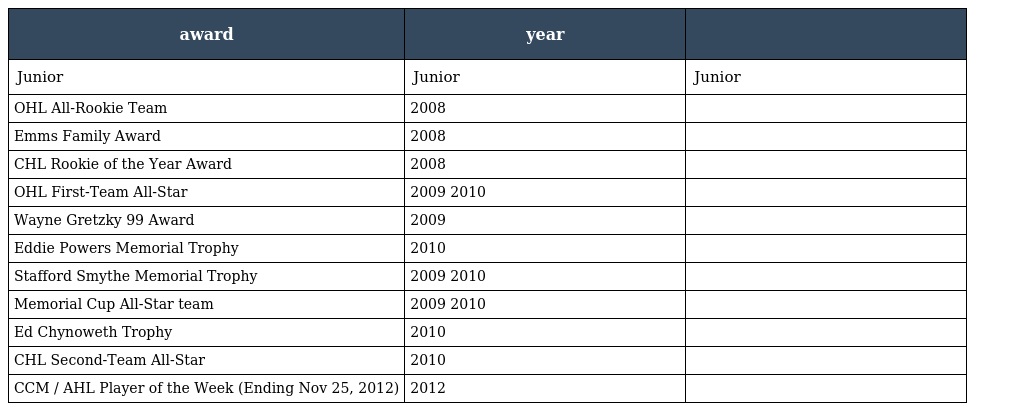
| award | year |  |
 | --- | --- | --- |
 | Junior | Junior | Junior |
 | OHL All-Rookie Team | 2008 |  |
 | Emms Family Award | 2008 |  |
 | CHL Rookie of the Year Award | 2008 |  |
 | OHL First-Team All-Star | 2009 2010 |  |
 | Wayne Gretzky 99 Award | 2009 |  |
 | Eddie Powers Memorial Trophy | 2010 |  |
 | Stafford Smythe Memorial Trophy | 2009 2010 |  |
 | Memorial Cup All-Star team | 2009 2010 |  |
 | Ed Chynoweth Trophy | 2010 |  |
 | CHL Second-Team All-Star | 2010 |  |
 | CCM / AHL Player of the Week (Ending Nov 25, 2012) | 2012 |  |